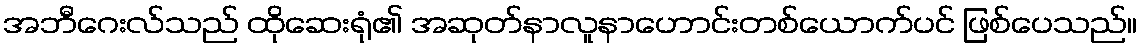
အဘီဂေးလ်သည် ထိုဆေးရုံ၏ အဆုတ်နာလူနာဟောင်းတစ်ယောက်ပင် ဖြစ်ပေသည်။